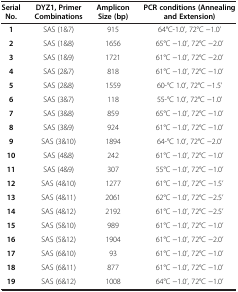
<table><thead><tr><td><b>Serial No.</b></td><td><b>DYZ1, Primer Combinations</b></td><td><b>Amplicon Size (bp)</b></td><td><b>PCR conditions (Annealing and Extension)</b></td></tr></thead><tbody><tr><td><b>1</b></td><td>SAS (1&amp;7)</td><td>915</td><td>64°C-1.0’, 72°C −1.0’</td></tr><tr><td><b>2</b></td><td>SAS (1&amp;8)</td><td>1656</td><td>65°C −1.0’, 72°C −2.0’</td></tr><tr><td><b>3</b></td><td>SAS (1&amp;9)</td><td>1721</td><td>61°C −1.0’, 72°C −2.0’</td></tr><tr><td><b>4</b></td><td>SAS (2&amp;7)</td><td>818</td><td>61°C −1.0’, 72°C −1.0’</td></tr><tr><td><b>5</b></td><td>SAS (2&amp;8)</td><td>1559</td><td>60-°C 1.0’, 72°C −1.5’</td></tr><tr><td><b>6</b></td><td>SAS (3&amp;7)</td><td>118</td><td>55-°C 1.0’, 72°C −1.0’</td></tr><tr><td><b>7</b></td><td>SAS (3&amp;8)</td><td>859</td><td>65°C −1.0’, 72°C −1.0’</td></tr><tr><td><b>8</b></td><td>SAS (3&amp;9)</td><td>924</td><td>61°C −1.0’, 72°C −1.0’</td></tr><tr><td><b>9</b></td><td>SAS (3&amp;10)</td><td>1894</td><td>64-°C 1.0’, 72°C −2.0’</td></tr><tr><td><b>10</b></td><td>SAS (4&amp;8)</td><td>242</td><td>61°C −1.0’, 72°C −1.0’</td></tr><tr><td><b>11</b></td><td>SAS (4&amp;9)</td><td>307</td><td>55°C −1.0’, 72°C −1.0’</td></tr><tr><td><b>12</b></td><td>SAS (4&amp;10)</td><td>1277</td><td>61°C −1.0’, 72°C −1.5’</td></tr><tr><td><b>13</b></td><td>SAS (4&amp;11)</td><td>2061</td><td>62°C −1.0’, 72°C −2.5’</td></tr><tr><td><b>14</b></td><td>SAS (4&amp;12)</td><td>2192</td><td>61°C −1.0’, 72°C −2.5’</td></tr><tr><td><b>15</b></td><td>SAS (5&amp;10)</td><td>989</td><td>61°C −1.0’, 72°C −1.0’</td></tr><tr><td><b>16</b></td><td>SAS (5&amp;12)</td><td>1904</td><td>61°C −1.0’, 72°C −2.0’</td></tr><tr><td><b>17</b></td><td>SAS (6&amp;10)</td><td>93</td><td>61°C −1.0’, 72°C −1.0’</td></tr><tr><td><b>18</b></td><td>SAS (6&amp;11)</td><td>877</td><td>61°C −1.0’, 72°C −1.0’</td></tr><tr><td><b>19</b></td><td>SAS (6&amp;12)</td><td>1008</td><td>64°C −1.0’, 72°C −1.0’</td></tr></tbody></table>